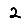
Digit: 2